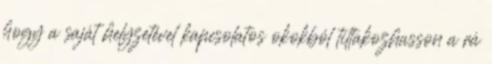
hogy a saját helyzetével kapcsolatos okokból tiltakozhasson a rá